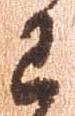
已